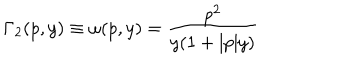
LaTeX: \Gamma _ { 2 } ( p , y ) \equiv \omega ( p , y ) = \frac { p ^ { 2 } } { y ( 1 + | p | y ) }